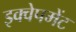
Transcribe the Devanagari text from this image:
इक्वेपमेंट